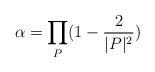
LaTeX: \begin{align*}\alpha =\prod_P(1-\frac 2{|P|^2})\end{align*}